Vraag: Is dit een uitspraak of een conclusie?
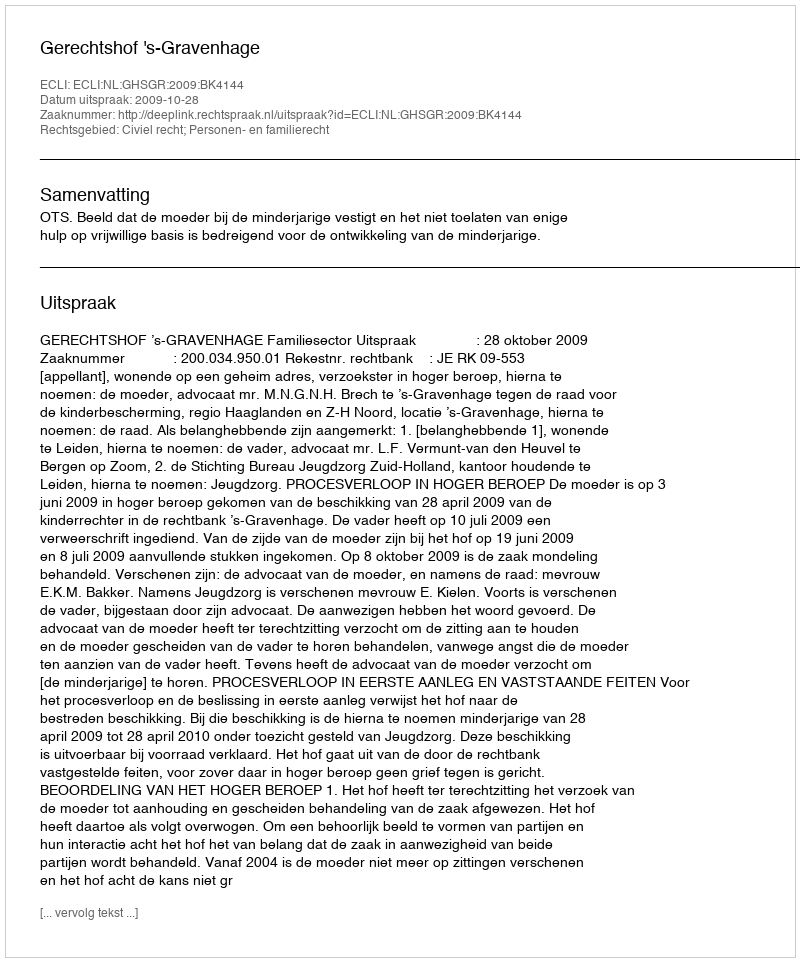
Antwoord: Uitspraak